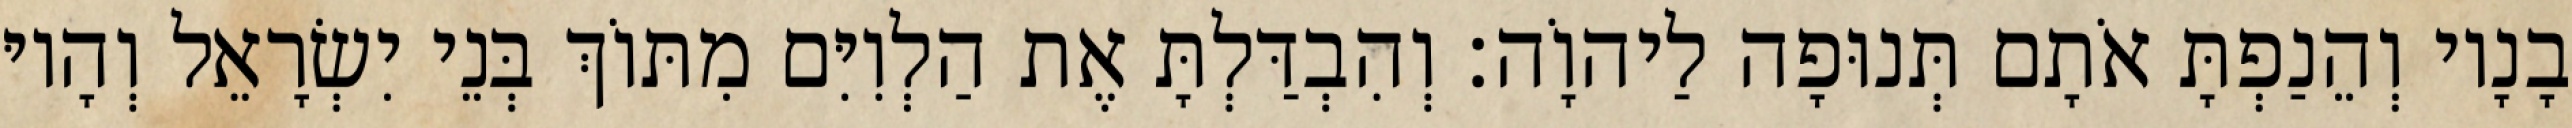
בָנָיו וְהֵנַפְתָּ אֹתָם תְּנוּפָה לַיהוָֹה׃ וְהִבְדַּלְתָּ אֶת הַלְוִיִּם מִתּוֹךְ בְּנֵי יִשְׂרָאֵל וְהָיוּ